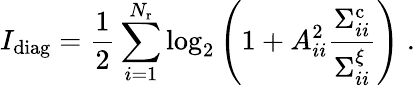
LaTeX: I_{\mathrm{diag}}=\frac{1}{2}\sum_{i=1}^{N_{\mathrm{r}}}\log_{2}\left(1+A_{ii}^{2}\frac{\Sigma_{ii}^{\mathrm{c}}}{\Sigma_{ii}^{\xi}}\right)\; .